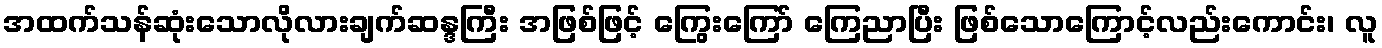
အထက်သန်ဆုံးသောလိုလားချက်ဆန္ဒကြီး အဖြစ်ဖြင့် ကြွေးကြော် ကြေညာပြီး ဖြစ်သောကြောင့်လည်းကောင်း၊ လူ